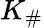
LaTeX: K_{\# }